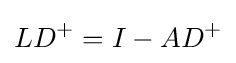
LD^{+}=I-AD^{+}